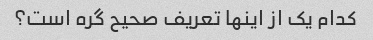
کدام یک از اینها تعریف صحیح گره است؟